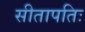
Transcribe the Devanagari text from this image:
सीतापतिः